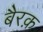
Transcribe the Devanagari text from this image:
बैरक़